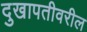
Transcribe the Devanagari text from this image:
दुखापतीवरील